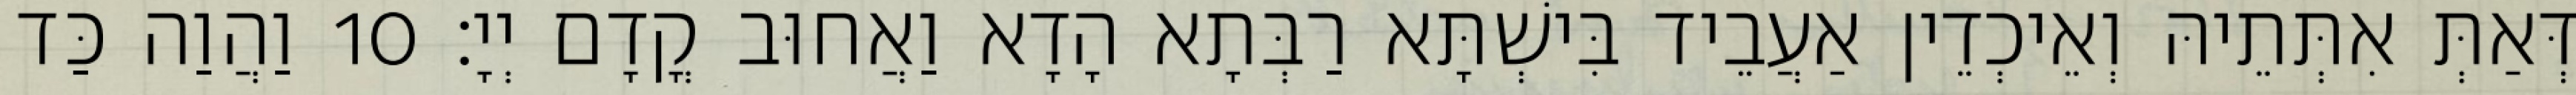
דְּאַתְּ אִתְּתֵיהּ וְאֵיכְדֵין אַעֲבֵיד בִּישְׁתָּא רַבְּתָא הָדָא וַאֲחוּב קֳדָם יְיָ׃ 10 וַהֲוַה כַּד